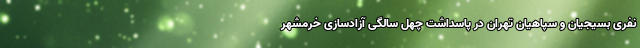
نفری بسیجیان و سپاهیان تهران‌ در پاسداشت چهل سالگی آزادسازی خرمشهر